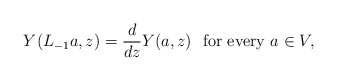
\begin{align*}Y(L_{-1}a,z)=\frac{d}{dz}Y(a,z)\ \ \mbox{for every } a \in V ,\end{align*}